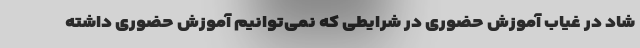
شاد در غیاب آموزش حضوری در شرایطی که نمی‌توانیم آموزش حضوری داشته